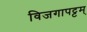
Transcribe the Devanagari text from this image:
विजगापट्टम्